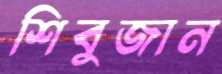
শিবুজান